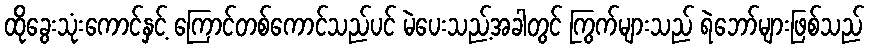
ထိုခွေးသုံးကောင်နှင့် ကြောင်တစ်ကောင်သည်ပင် မဲပေးသည့်အခါတွင် ကြွက်များသည် ရဲဘော်များဖြစ်သည်